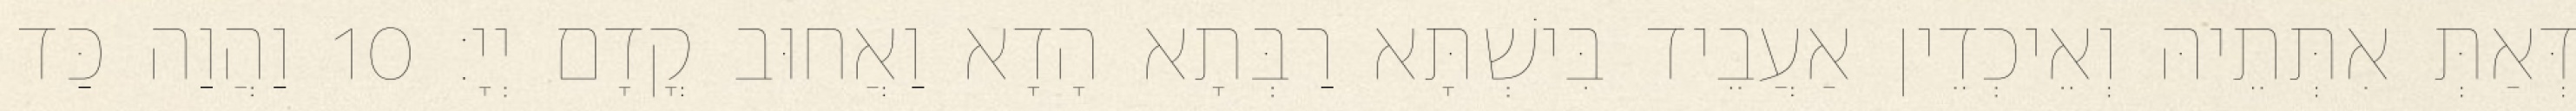
דְּאַתְּ אִתְּתֵיהּ וְאֵיכְדֵין אַעֲבֵיד בִּישְׁתָּא רַבְּתָא הָדָא וַאֲחוּב קֳדָם יְיָ׃ 10 וַהֲוַה כַּד